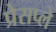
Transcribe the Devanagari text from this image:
प्रेसप्ले